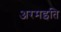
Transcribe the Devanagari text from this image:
अरमइति